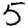
Digit: 5